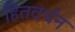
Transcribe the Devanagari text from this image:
हितवर्धन